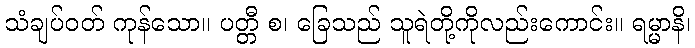
သံချပ်ဝတ် ကုန်သော။ ပတ္တီ စ၊ ခြေသည် သူရဲတို့ကိုလည်းကောင်း။ ရမ္မာနိ၊